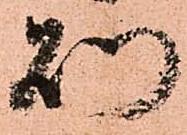
則